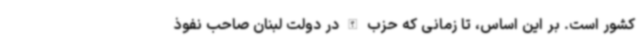
کشور است. بر این اساس، تا زمانی که حزب الله در دولت لبنان صاحب نفوذ